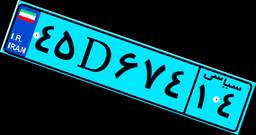
۴۵D۶۷۴۱۴